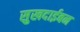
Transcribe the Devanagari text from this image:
सुखदाईबन